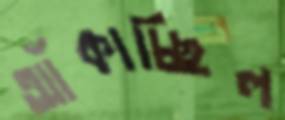
আঁকাচ্ছিল